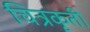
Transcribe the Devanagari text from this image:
चित्रकृती